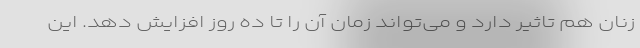
زنان هم تاثیر دارد و می‌تواند زمان آن را تا ده روز افزایش دهد. این